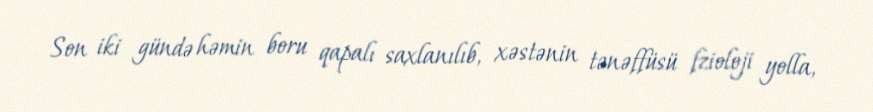
Son iki gündə həmin boru qapalı saxlanılıb, xəstənin tənəffüsü fzioloji yolla,